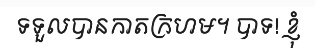
ទទួលបានកាតក្រហម។ បាទ! ខ្ញុំ